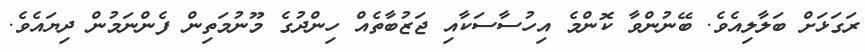
ރަގަޅަށް ބަލާލިއެވެ. ބޭނުންވާ ކޮންމެ އިހުސާސަކާއި ޖަޒުބާތެއް ހިންދުގެ މޫނުމަތިން ފެންނަމުން ދިޔައެވެ.